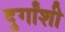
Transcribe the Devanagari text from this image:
दुर्गांशी